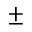
\pm